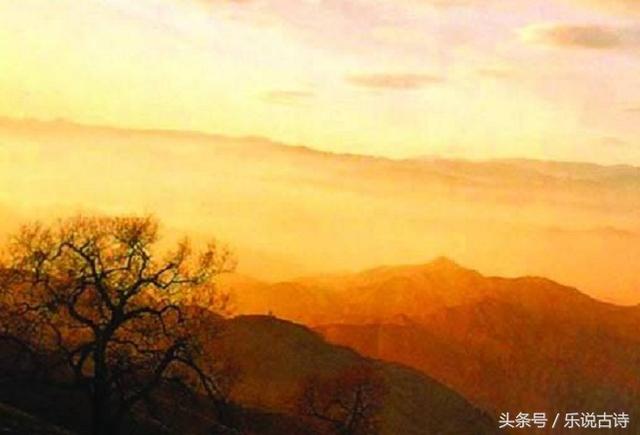
萧萧远树疏林外，一半秋山带夕阳。